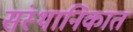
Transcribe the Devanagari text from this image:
संस्थानिकात